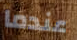
عندما